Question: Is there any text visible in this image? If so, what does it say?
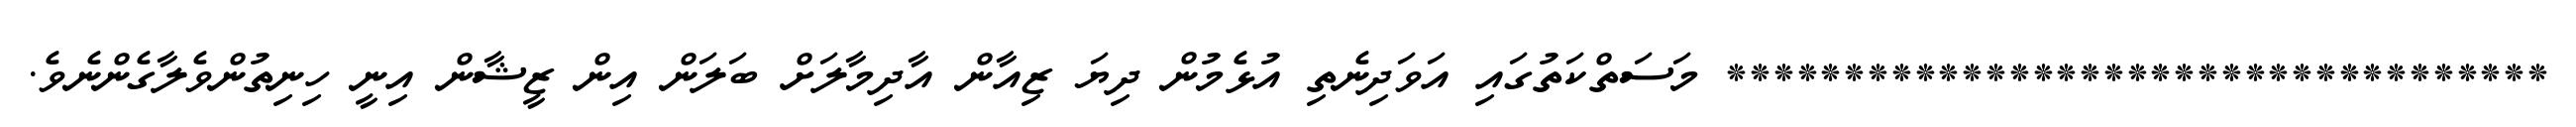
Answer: *********************************** މަސަތްކަތުގައި އަވަދިނެތި އުޅެމުން ދިޔަ ޒިއާން އާދިމާލަށް ބަލަން އިން ޒީޝާން އިނީ ހިނިތުންވެލާގެންނެވެ.